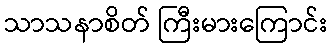
သာသနာစိတ် ကြီးမားကြောင်း